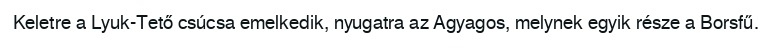
Keletre a Lyuk-Tető csúcsa emelkedik, nyugatra az Agyagos, melynek egyik része a Borsfű.